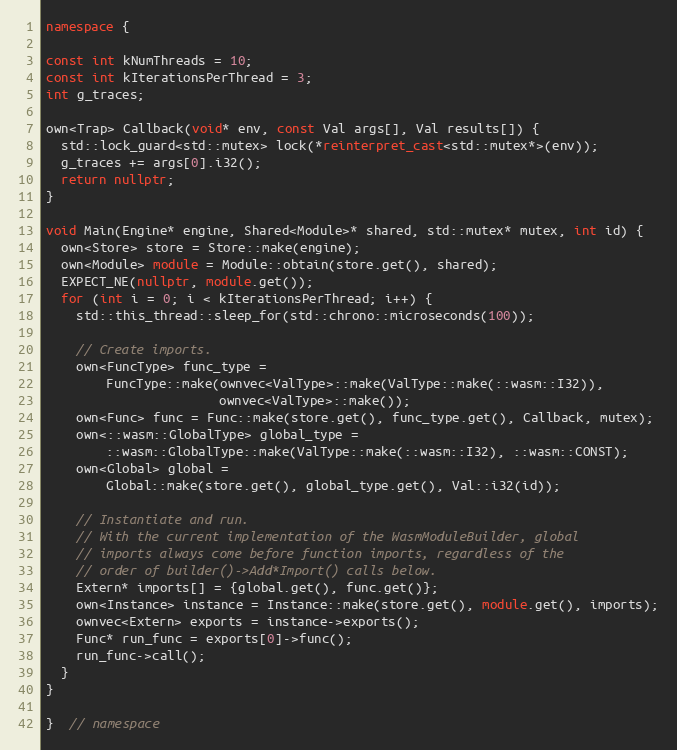
Language: C++
namespace {

const int kNumThreads = 10;
const int kIterationsPerThread = 3;
int g_traces;

own<Trap> Callback(void* env, const Val args[], Val results[]) {
  std::lock_guard<std::mutex> lock(*reinterpret_cast<std::mutex*>(env));
  g_traces += args[0].i32();
  return nullptr;
}

void Main(Engine* engine, Shared<Module>* shared, std::mutex* mutex, int id) {
  own<Store> store = Store::make(engine);
  own<Module> module = Module::obtain(store.get(), shared);
  EXPECT_NE(nullptr, module.get());
  for (int i = 0; i < kIterationsPerThread; i++) {
    std::this_thread::sleep_for(std::chrono::microseconds(100));

    // Create imports.
    own<FuncType> func_type =
        FuncType::make(ownvec<ValType>::make(ValType::make(::wasm::I32)),
                       ownvec<ValType>::make());
    own<Func> func = Func::make(store.get(), func_type.get(), Callback, mutex);
    own<::wasm::GlobalType> global_type =
        ::wasm::GlobalType::make(ValType::make(::wasm::I32), ::wasm::CONST);
    own<Global> global =
        Global::make(store.get(), global_type.get(), Val::i32(id));

    // Instantiate and run.
    // With the current implementation of the WasmModuleBuilder, global
    // imports always come before function imports, regardless of the
    // order of builder()->Add*Import() calls below.
    Extern* imports[] = {global.get(), func.get()};
    own<Instance> instance = Instance::make(store.get(), module.get(), imports);
    ownvec<Extern> exports = instance->exports();
    Func* run_func = exports[0]->func();
    run_func->call();
  }
}

}  // namespace